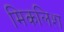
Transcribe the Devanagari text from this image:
मिकलिश